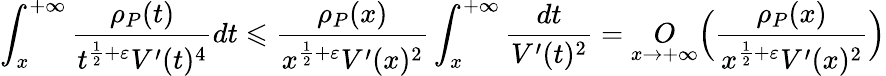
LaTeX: \int_{x}^{+\infty}\frac{\rho_{P}(t)}{t^{\frac{1}{2}+\varepsilon}V^{\prime}(t)^{4}}dt\leqslant\frac{\rho_{P}(x)}{x^{\frac{1}{2}+\varepsilon}V^{\prime}(x)^{2}}\int_{x}^{+\infty}\frac{dt}{V^{\prime}(t)^{2}}=\underset{x\rightarrow+\infty}{O}\Big(\frac{\rho_{P}(x)}{x^{\frac{1}{2}+\varepsilon}V^{\prime}(x)^{2}}\Big)